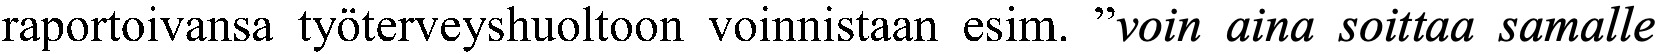
raportoivansa työterveyshuoltoon voinnistaan esim. ”voin aina soittaa samalle